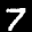
Label: 7